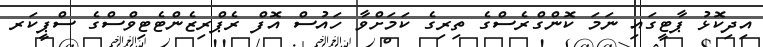
އިދިކޮޅު ޕާޓީގައި ނަމަ ކޮންގްރެސްގެ ތިރިގެ ކަމަށްވާ ހައުސް އޮފް ރެޕްރިޒެންޓެޓިވްސްގެ ސްޕީކަރ